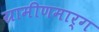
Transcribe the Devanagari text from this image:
ग्रामीणमार्ग